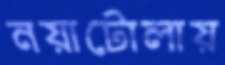
নয়াটোলায়